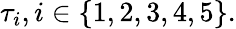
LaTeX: \tau_{i},i\in\{ 1,2,3,4,5\} .